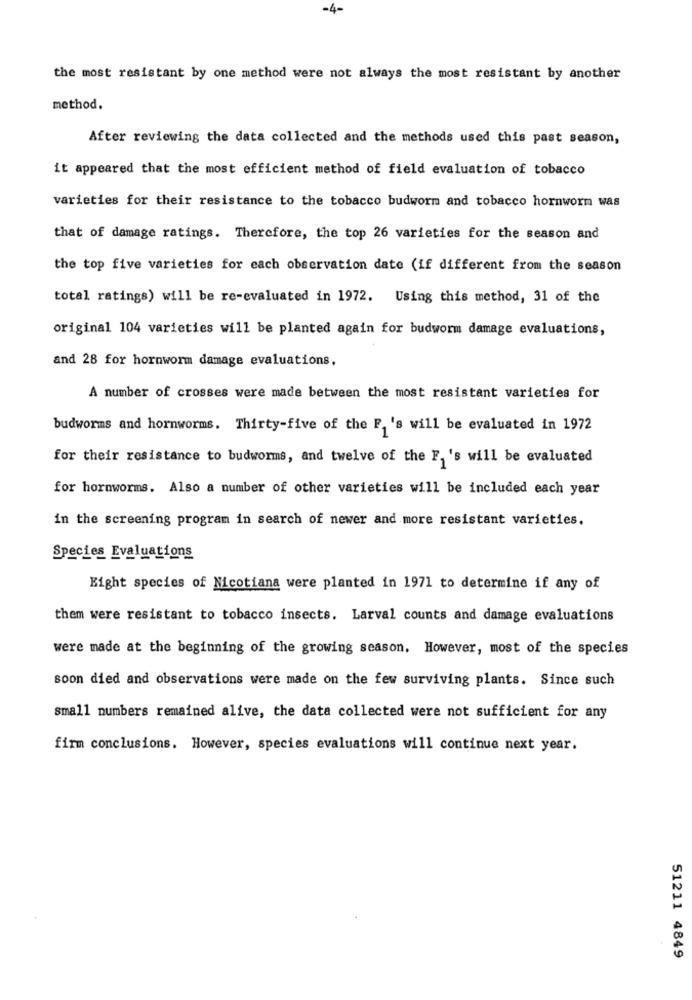
-4-
the most resistant by one method were not always the most resistant by another
method.
After reviewing the data collected and the methods used this past season,
it appeared that the most efficient method of field evaluation of tobacco
varieties for their resistance to the tobacco budworm and tobacco hornworm was
that of damage ratings. Therefore, the top 26 varieties for the season and
the top five varieties for each observation date (if different from the season
total ratings) will be re-evaluated in 1972. Using this method, 31 of the
original 104 varieties will be planted again for budworm damage evaluations,
and 28 for hornworm damage evaluations.
A number of crosses were made between the most resistant varieties for
budworms and hornworms. Thirty-five of the F. 's will be evaluated in 1972
for their resistance to budworms, and twelve of the F. 's will be evaluated
for hornworms. Also a number of other varieties will be included each year
in the screening program in search of newer and more resistant varieties.
Species Evaluations
Eight species of Nicotiana were planted in 1971 to determine if any of
them were resistant to tobacco insects. Larval counts and damage evaluations
were made at the beginning of the growing season. However, most of the species
soon died and observations were made on the few surviving plants. Since such
small numbers remained alive, the data collected were not sufficient for any
firm conclusions. However, species evaluations will continue next year.
51211 4849